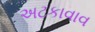
અટકાવાવ